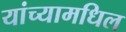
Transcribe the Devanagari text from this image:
यांच्यामधिल